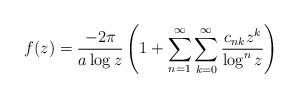
LaTeX: \begin{align*}f(z)=\frac{-2\pi}{a\log z}\left(1+\sum_{n=1}^{\infty}\sum_{k=0}^{\infty}\frac{c_{nk}z^k}{\log^nz}\right) \end{align*}